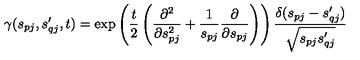
\gamma ( s _ { p j } , s _ { q j } ^ { \prime } , t ) = \exp \left( \frac { t } { 2 } \left( \frac { \partial ^ { 2 } } { \partial s _ { p j } ^ { 2 } } + \frac { 1 } { s _ { p j } } \frac { \partial } { \partial s _ { p j } } \right) \right) \frac { \delta ( s _ { p j } - s _ { q j } ^ { \prime } ) } { \sqrt { s _ { p j } s _ { q j } ^ { \prime } } }